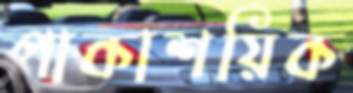
পাকাশয়িক